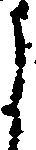
よ